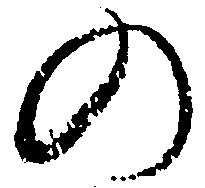
の